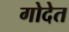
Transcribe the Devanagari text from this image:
गोदेत